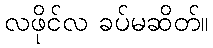
လဖိုင်လ ခပ်မဆိတ်။